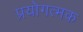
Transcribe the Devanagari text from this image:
प्रयोगत्मक